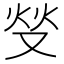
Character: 𱑺